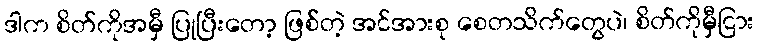
ဒါက စိတ်ကိုအမှီ ပြုပြီးတော့ ဖြစ်တဲ့ အင်အားစု စေတသိက်တွေပဲ၊ စိတ်ကိုမှီငြား